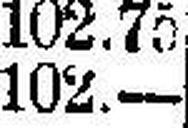
102.—